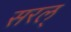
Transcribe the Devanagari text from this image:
सरल्